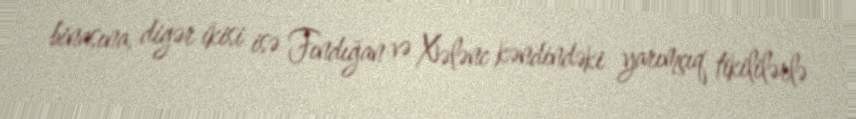
binasına, digər ikisi isə Fındığan və Xələnc kəndindəki yarımçıq tikililərlə